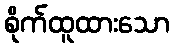
စိုက်ထူထားသော